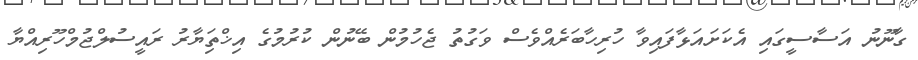
ގާނޫނު އަސާސީގައި އެކަށައަޅާފައިވާ ހުރިހާބަރެއްވެސް ވަގުތު ޖެހުމުން ބޭނުން ކުރުމުގެ އިޚްތަިޔާރު ރައީސުލްޖުމްހޫރިއްޔާ